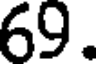
69.